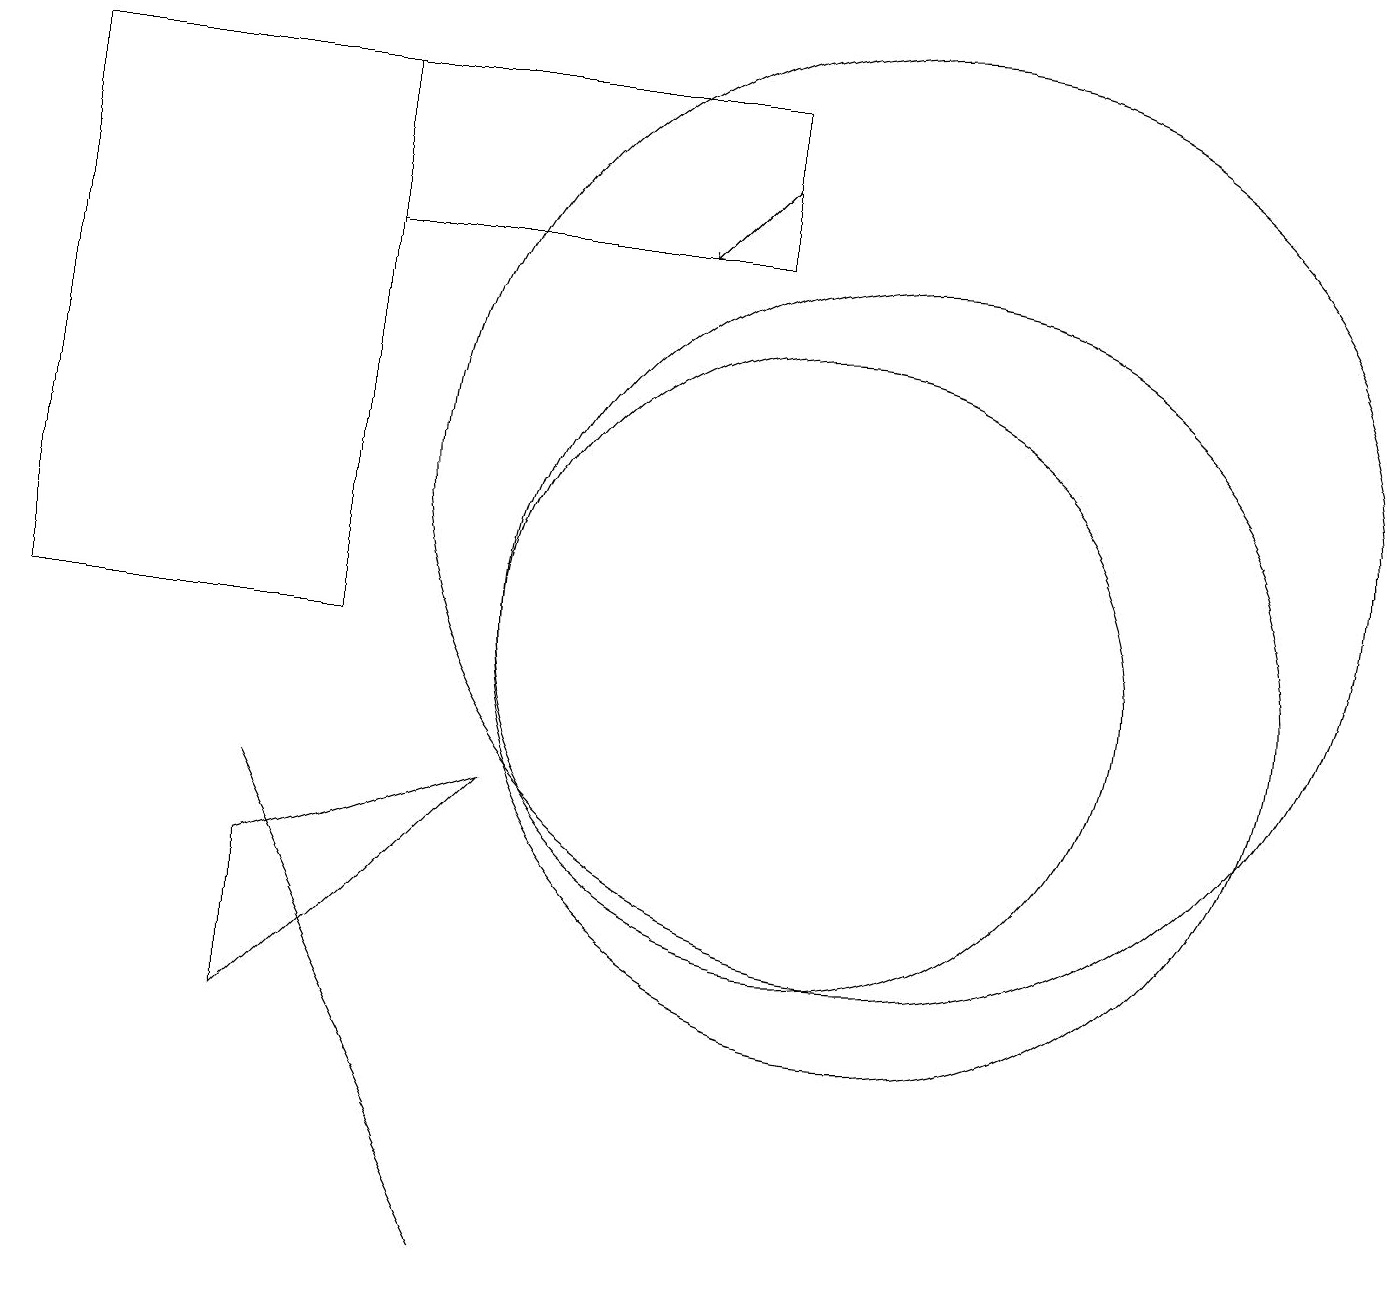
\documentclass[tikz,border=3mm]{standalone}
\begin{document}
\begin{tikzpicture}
\draw (10,10) circle (4);
\draw (9,17) rectangle (4,15);
\draw (11,10) circle (5);
\draw (6,8) -- (3,5) -- (3,7) -- cycle;
\draw (6,2) -- (3,8) -- (5,4) -- cycle;
\draw[->] (9,16) -- (8,15);
\draw (4,17) rectangle (0,10);
\draw (11,12) circle (6);
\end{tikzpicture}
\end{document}